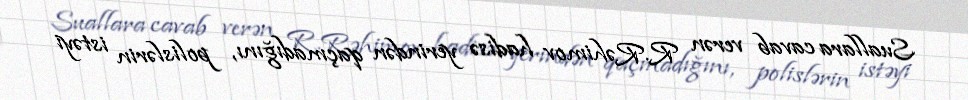
Suallara cavab verən R.Rəhimov hadisə yerindən qaçmadığını, polislərin istəyi